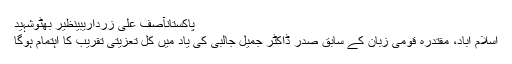
پاکستانآصف علی زرداریبینظیر بھٹوشہید
اسلام آباد، مقتدرہ قومی زبان کے سابق صدر ڈاکٹر جمیل جالبی کی یاد میں کل تعزیتی تقریب کا اہتمام ہوگا